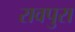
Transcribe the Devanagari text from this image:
रावपुरा